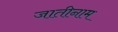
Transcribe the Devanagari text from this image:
जातीनाम